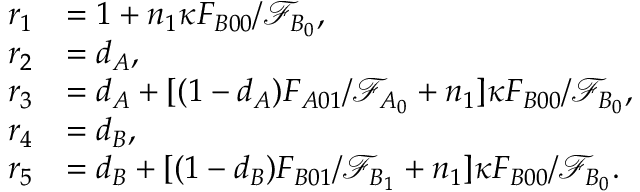
\begin{array} { r l } { r _ { 1 } } & { = 1 + n _ { 1 } \kappa F _ { B 0 0 } / \mathcal { F } _ { B _ { 0 } } , } \\ { r _ { 2 } } & { = d _ { A } , } \\ { r _ { 3 } } & { = d _ { A } + [ ( 1 - d _ { A } ) F _ { A 0 1 } / \mathcal { F } _ { A _ { 0 } } + n _ { 1 } ] \kappa F _ { B 0 0 } / \mathcal { F } _ { B _ { 0 } } , } \\ { r _ { 4 } } & { = d _ { B } , } \\ { r _ { 5 } } & { = d _ { B } + [ ( 1 - d _ { B } ) F _ { B 0 1 } / \mathcal { F } _ { B _ { 1 } } + n _ { 1 } ] \kappa F _ { B 0 0 } / \mathcal { F } _ { B _ { 0 } } . } \end{array}